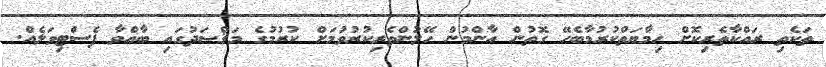
ތަކެތި ރައްކާތެރިކޮށް ޙިމާޔަތްކުރުމާބެހޭ ގޮތުން އާންމުން ހޭލުންތެރިކުރުވުމަށް ކުރުމުގެ މަޤްޞަދުގައި ބާއްވާ ފެސްޓިވަލެއް.